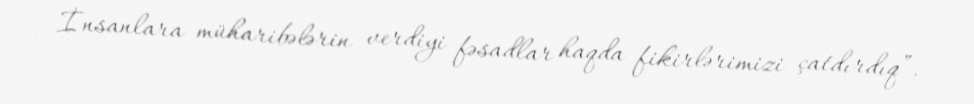
İnsanlara müharibələrin verdiyi fəsadlar haqda fikirlərimizi çatdırdıq”.